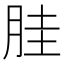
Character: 𱢹